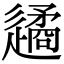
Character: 𨗝